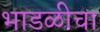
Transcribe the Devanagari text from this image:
भाडळीचा